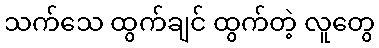
သက်သေ ထွက်ချင် ထွက်တဲ့ လူတွေ